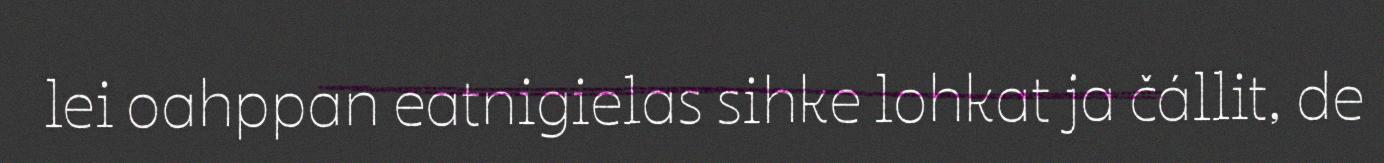
lei oahppan eatnigielas sihke lohkat ja čállit, de